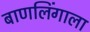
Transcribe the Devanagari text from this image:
बाणलिंगाला